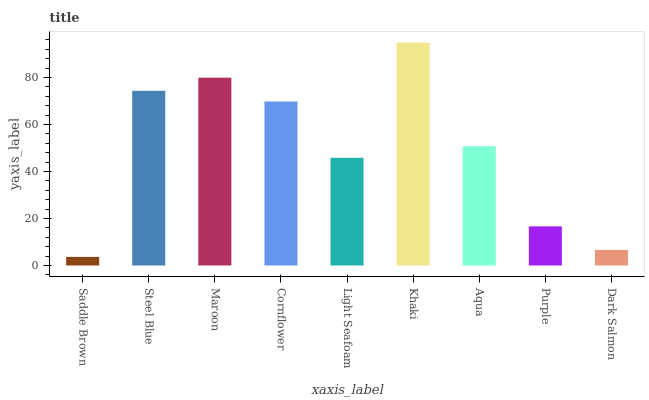
| xaxis_label | bars |
 | --- | --- |
 | Saddle Brown | 3.66 |
 | Steel Blue | 74.4 |
 | Maroon | 79.9 |
 | Cornflower | 69.8 |
 | Light Seafoam | 45.8 |
 | Khaki | 94.8 |
 | Aqua | 50.8 |
 | Purple | 16.7 |
 | Dark Salmon | 6.62 |